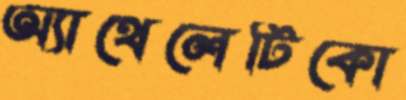
অ্যাথেলেটিকো